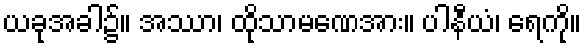
ယခုအခါ၌။ အဿာ၊ ထိုသာမဏေအား။ ပါနီယံ၊ ရေကို။